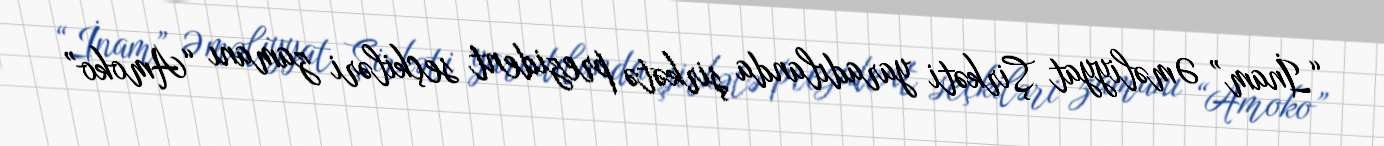
“İnam” Əməliyyat Şirkəti yaradılanda şirkətə prezident seçkiləri zamanı “Amoko”